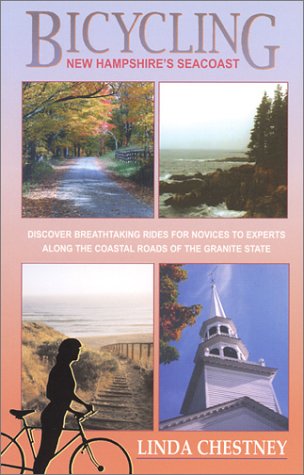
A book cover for Bicycling New Hampshire's Seacoast; Linda Chestney; Travel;